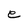
Character: e